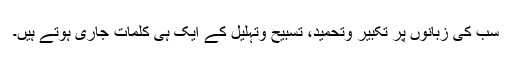
سب کی زبانوں پر تکبیر وتحمید، تسبیح وتہلیل کے ایک ہی کلمات جاری ہوتے ہیں۔